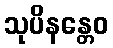
သုပိနန္တေဝ